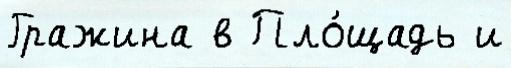
Гражина в Пло́щадь и